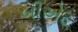
બીએડ